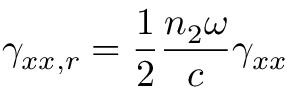
\gamma _ { x x , r } = \frac { 1 } { 2 } \frac { n _ { 2 } \omega } { c } \gamma _ { x x }